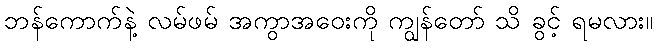
ဘန်ကောက်နဲ့ လမ်ဖမ် အကွာအဝေးကို ကျွန်တော် သိ ခွင့် ရမလား။